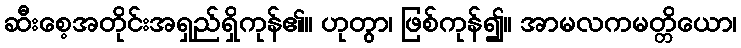
ဆီးစေ့အတိုင်းအရှည်ရှိကုန်၏။ ဟုတွာ၊ ဖြစ်ကုန်၍။ အာမလကမတ္တိယော၊